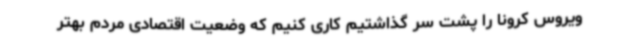
ویروس کرونا را پشت سر گذاشتیم کاری کنیم که وضعیت اقتصادی مردم بهتر